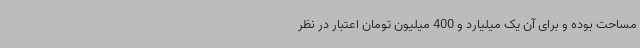
مساحت بوده و برای آن یک‌ میلیارد و 400 میلیون تومان اعتبار در نظر